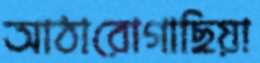
আঠারোগাছিয়া